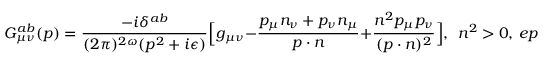
G _ { \mu \nu } ^ { a b } ( p ) = \frac { - i \delta ^ { a b } } { ( 2 \pi ) ^ { 2 \omega } ( p ^ { 2 } + i \epsilon ) } \Big [ g _ { \mu \nu } - \frac { p _ { \mu } n _ { \nu } + p _ { \nu } n _ { \mu } } { p \cdot n } + \frac { n ^ { 2 } p _ { \mu } p _ { \nu } } { ( p \cdot n ) ^ { 2 } } \Big ] , \ \ n ^ { 2 } > 0 , \, e p s i l o n > 0 ,